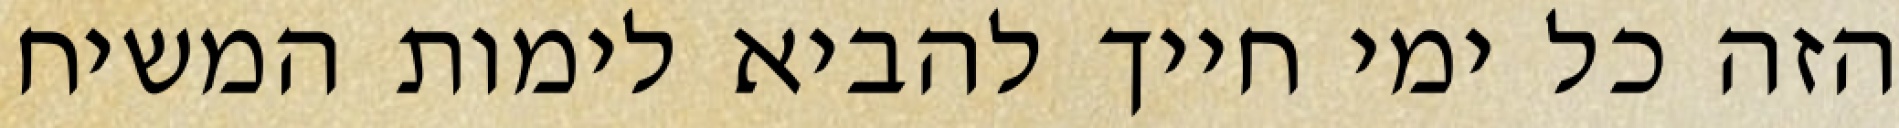
הזה כל ימי חייך להביא לימות המשיח